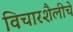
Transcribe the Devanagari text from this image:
विचारशैलीचे